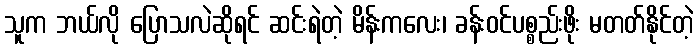
သူက ဘယ်လို ပြောသလဲဆိုရင် ဆင်းရဲတဲ့ မိန်းကလေး၊ ခန်းဝင်ပစ္စည်းဖိုး မတတ်နိုင်တဲ့